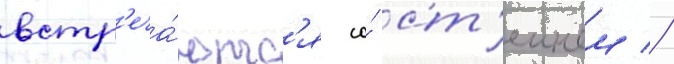
встр'еча́ютс'я со́ ст'еином //